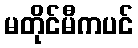
မတိုင်မီကပင်